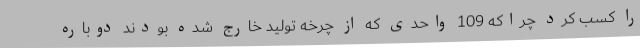
را کسب کرد چراکه 109 واحدی که از چرخه تولید خارج شده بودند دوباره